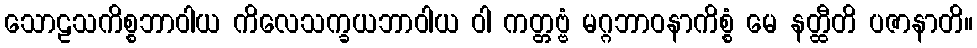
သောဠသကိစ္စဘာဝါယ ကိလေသက္ခယဘာဝါယ ဝါ ကတ္တဗ္ဗံ မဂ္ဂဘာဝနာကိစ္စံ မေ နတ္ထီတိ ပဇာနာတိ။